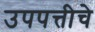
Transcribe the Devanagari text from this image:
उपपत्तीचे